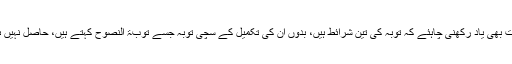
یہ بات بھی یاد رکھنی چاہئے کہ توبہ کی تین شرائط ہیں، بدوں ان کی تکمیل کے سچی توبہ جسے توبۃ النصوح کہتے ہیں، حاصل نہیں ہوتی۔